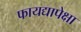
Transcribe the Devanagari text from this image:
फायद्यापेक्षा